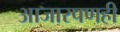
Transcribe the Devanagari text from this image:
आजारपणही